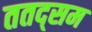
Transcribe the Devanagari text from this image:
ततद्सम